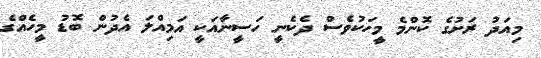
މިއަދު ރަށުގެ ކޮންމެ މީހަކުވެސް ދެކެނީ ހަސީނާއަކީ އަމިއްލަ އެދުން ބޮޮޑު މީހެއްގެ